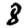
Digit: 8